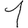
Digit: 1